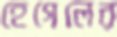
হেগেলের